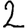
Digit: 2